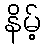
နိမ့်